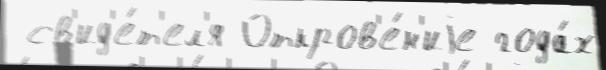
 св'ид'е́т'ел'я Откров'е́н'иjе года́х